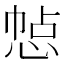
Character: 㥈